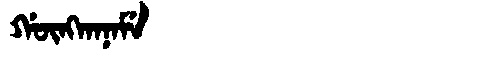
Manchu: ᡤᡡᠩᡴᠠᠨᠠᠮᡝ
Romanization: GŪNGKANAME